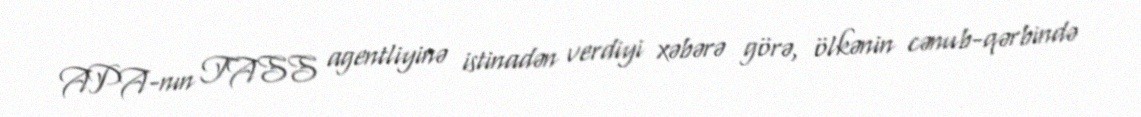
APA-nın TASS agentliyinə istinadən verdiyi xəbərə görə, ölkənin cənub-qərbində